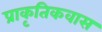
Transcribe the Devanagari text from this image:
प्राकृतिकवास